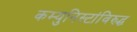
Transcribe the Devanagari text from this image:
कम्युनिस्टांविरुद्ध